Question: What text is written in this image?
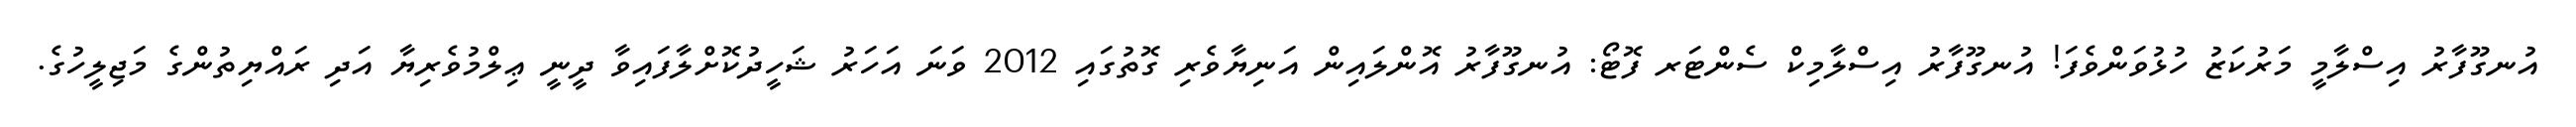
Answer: އުނގޫފާރު އިސްލާމީ މަރުކަޒު ހުޅުވަންވެފަ! އުނގޫފާރު އިސްލާމިކް ސެންޓަރ ފޮޓޯ: އުނގޫފާރު އޮންލައިން އަނިޔާވެރި ގޮތުގައި 2012 ވަނަ އަހަރު ޝަހީދުކޮށްލާފައިވާ ދީނީ ޢިލްމުވެރިޔާ އަދި ރައްޔިތުންގެ މަޖިލީހުގެ.